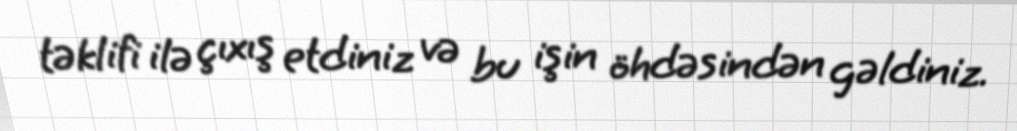
təklifi ilə çıxış etdiniz və bu işin öhdəsindən gəldiniz.